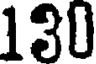
130